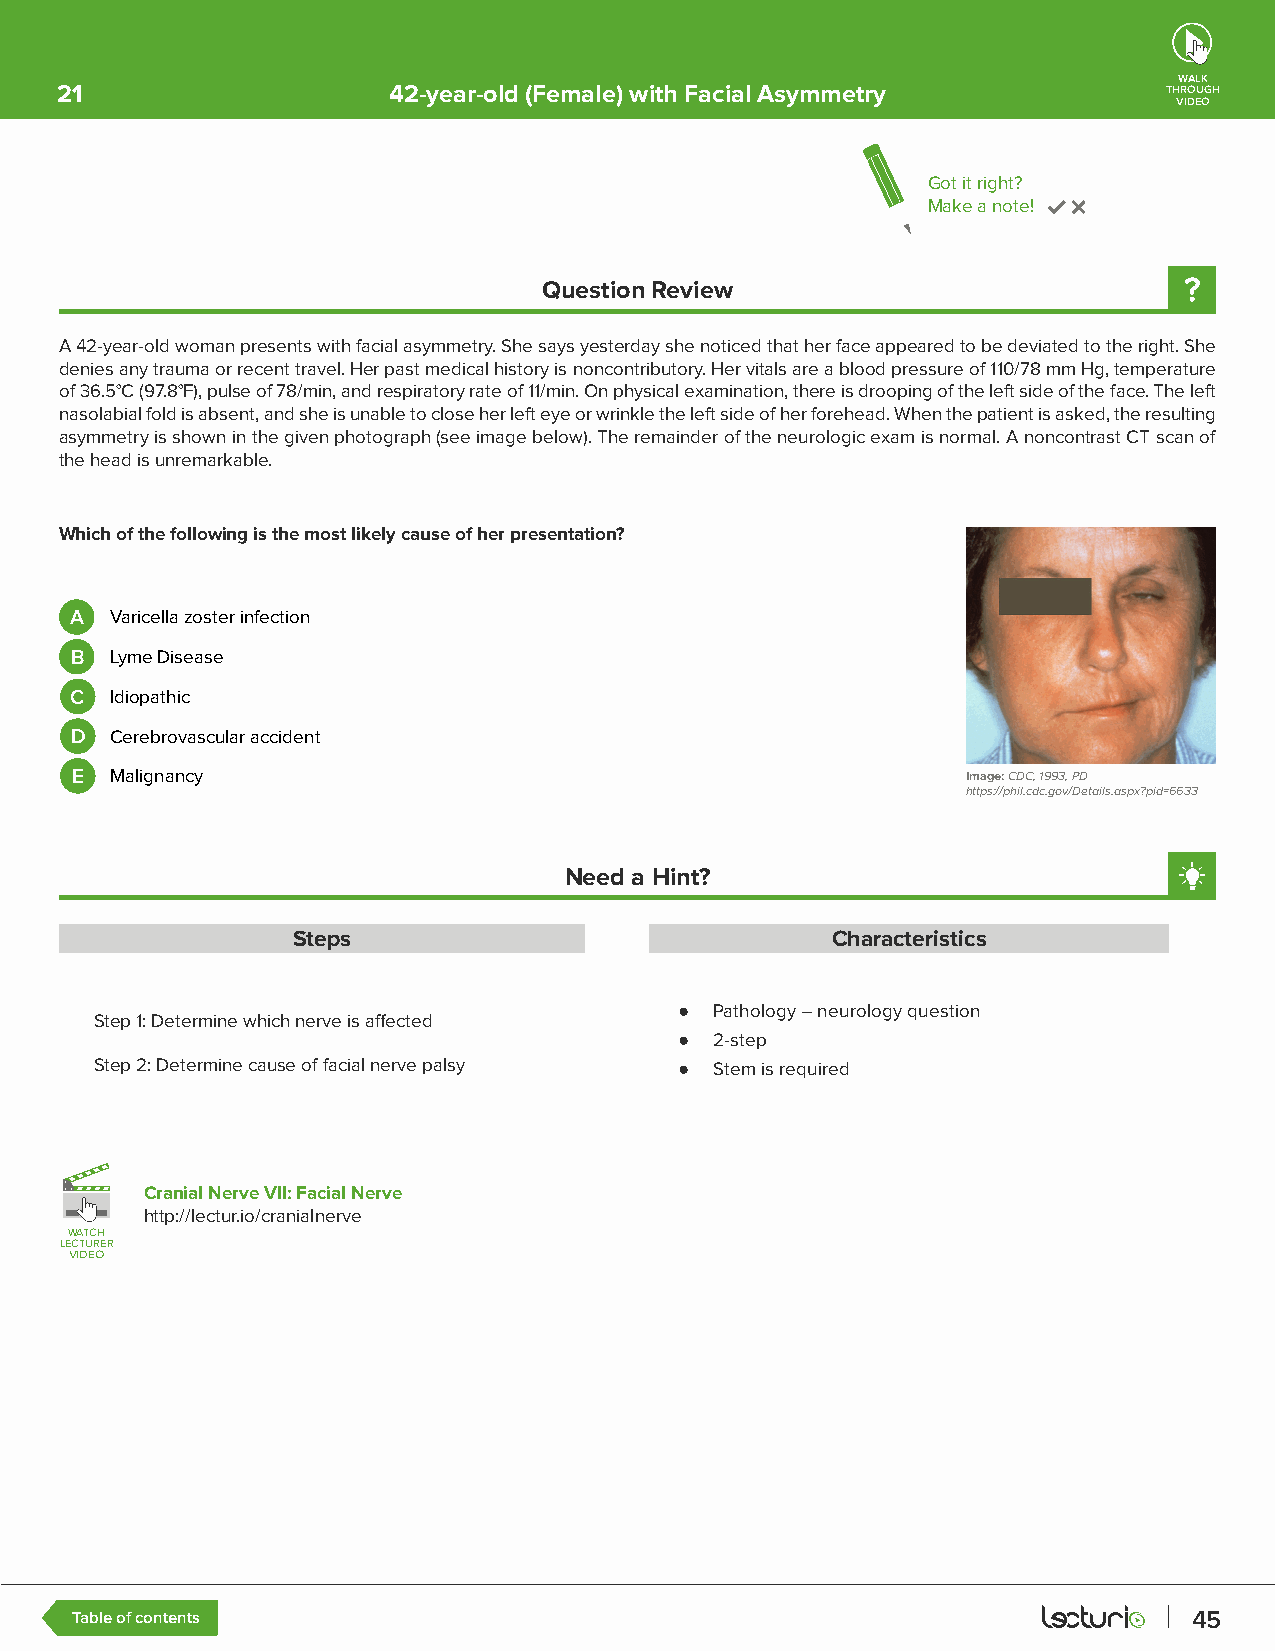
WALK
 21                    42-year-old (Female) with Facial Asymmetry         THROUGH
 VIDEO
 Got it right?
 Make a note!
 Question Review
 A 42-year-old woman presents with facial asymmetry. She says yesterday she noticed that her face appeared to be deviated to the right. She
 denies any trauma or recent travel. Her past medical history is noncontributory. Her vitals are a blood pressure of 110/78 mm Hg, temperature
 of 36.5°C (97.8°F), pulse of 78/min, and respiratory rate of 11/min. On physical examination, there is drooping of the left side of the face. The left
 nasolabial fold is absent, and she is unable to close her left eye or wrinkle the left side of her forehead. When the patient is asked, the resulting
 asymmetry is shown in the given photograph (see image below). The remainder of the neurologic exam is normal. A noncontrast CT scan of
 the head is unremarkable.
 Which of the following is the most likely cause of her presentation?
 A Varicella zoster infection
 B Lyme Disease
 C Idiopathic
 D Cerebrovascular accident
 E Malignancy                                               Image: CDC, 1993, PD
 https://phil.cdc.gov/Details.aspx?pid=6633
 Need a Hint?
 Steps                               Characteristics
 ● Pathology – neurology question
 Step 1: Determine which nerve is affected
 ● 2-step
 Step 2: Determine cause of facial nerve palsy ● Stem is required
 Cranial Nerve VII: Facial Nerve
 http://lectur.io/cranialnerve
 WWAATTCCHH
 LLEECCTTUURREERR
 VVIIDDEEOO
 Table of contents                                                         45